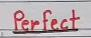
Perfect